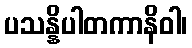
ပသန္နိပါတကာနိဝါ၊